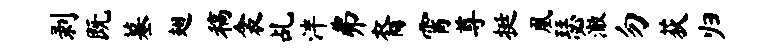
剥既墓翅稿衾乩泮弗裔霄尊挺凰瑟澈勿荻归